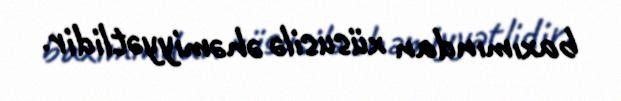
baxımından xüsusilə əhəmiyyətlidir.